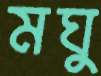
মঘু